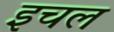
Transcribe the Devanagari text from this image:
इचल